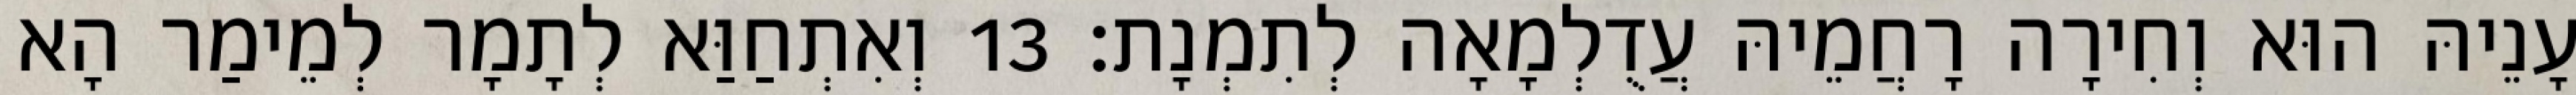
עָנֵיהּ הוּא וְחִירָה רָחֲמֵיהּ עֲדֻלְמָאָה לְתִמְנָת׃ 13 וְאִתְחַוַּא לְתָמָר לְמֵימַר הָא